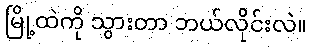
မြို့ထဲကို သွားတာ ဘယ်လိုင်းလဲ။